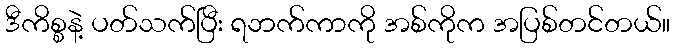
ဒီကိစ္စနဲ့ ပတ်သက်ပြီး ရဘက်ကာကို အစ်ကိုက အပြစ်တင်တယ်။